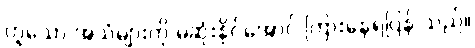
ဟူသော အသံများကို မဆုံးနိုင်အောင် ကြားနေရပြန် သည်။